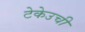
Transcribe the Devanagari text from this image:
टेकेउची